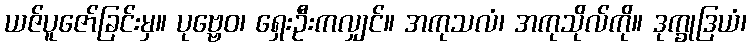
ယဇ်ပူဇော်ခြင်းမှ။ ပုဗ္ဗေဝ၊ ရှေးဦးကလျှင်။ အကုသလံ၊ အကုသိုလ်ကို။ ဒုက္ခုဒြယံ၊